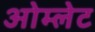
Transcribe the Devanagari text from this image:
ओम्लेट